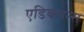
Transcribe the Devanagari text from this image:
एडिक्सन्स